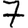
Digit: 7